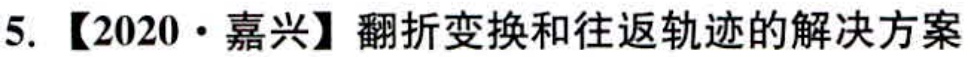
5. 【2020 · 嘉兴】翻折变换和往返轨迹的解决方案